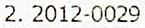
2. 2012-0029